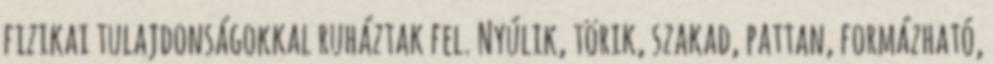
fizikai tulajdonságokkal ruháztak fel. Nyúlik, törik, szakad, pattan, formázható,